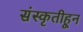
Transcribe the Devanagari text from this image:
संस्‍कृतीहून